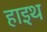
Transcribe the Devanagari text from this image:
हाइथ